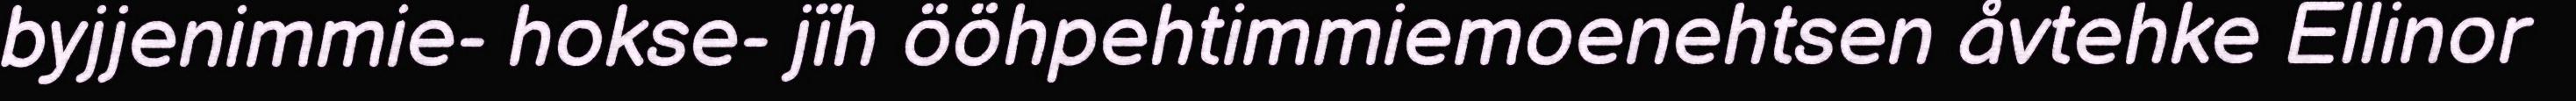
byjjenimmie- hokse- jïh ööhpehtimmiemoenehtsen åvtehke Ellinor